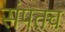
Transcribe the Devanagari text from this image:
संपतच